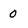
Character: 0